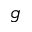
^ { \, g }